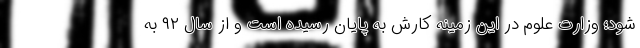
شود؛ وزارت علوم در این زمینه کارش به پایان رسیده است و از سال ۹۲ به